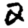
Digit: 2